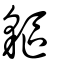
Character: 貙